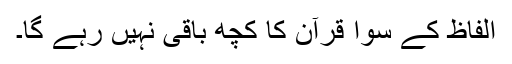
الفاظ کے سوا قرآن کا کچھ باقی نہیں رہے گا۔